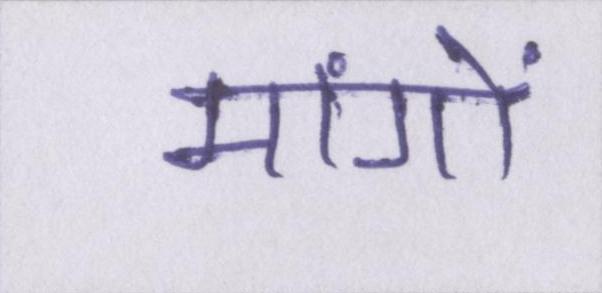
मांगों